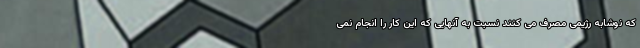
که نوشابه رژیمی مصرف می کنند نسبت به آنهایی که این کار را انجام نمی